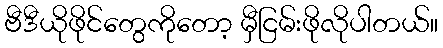
ဗီဒီယိုဖိုင်တွေကိုတော့ မှီငြမ်းဖိုလိုပါတယ်။